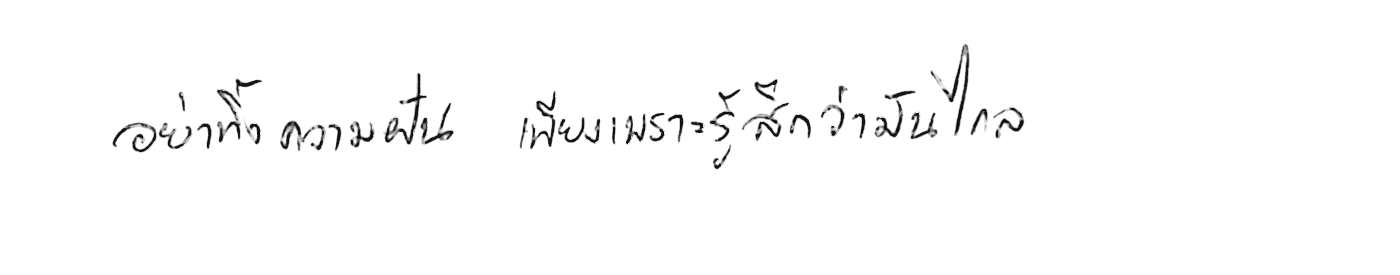
อย่าทิ้งความฝัน เพียงเพราะรู้สึกว่ามันไกล